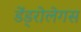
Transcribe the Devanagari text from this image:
डेंड्रोलेगस